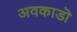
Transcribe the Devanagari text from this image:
अवकाडॊ